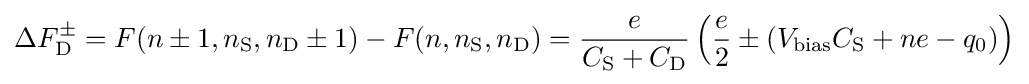
\Delta F_{\rm {D}}^{\pm }=F(n\pm 1,n_{\rm {S}},n_{\rm {D}}\pm 1)-F(n,n_{\rm {S}},n_{\rm {D}})={\frac {e}{C_{\rm {S}}+C_{\rm {D}}}}\left({\frac {e}{2}}\pm (V_{\rm {bias}}C_{\rm {S}}+ne-q_{0})\right)